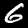
Label: 6